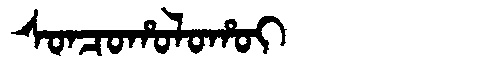
Manchu: ᠰᠣᠨᠴᠣᡥᠣᠯᠣᡥᠣᡳ
Romanization: SONCOHOLOHOI